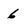
Character: 6